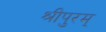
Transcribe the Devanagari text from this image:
श्रीपुरम्